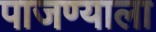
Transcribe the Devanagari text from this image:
पाजण्याला